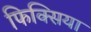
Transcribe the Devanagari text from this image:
फिक्सिया